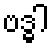
ဗဒ္ဓါ